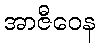
အာဇီဝေန